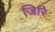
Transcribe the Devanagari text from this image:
जिरि